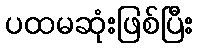
ပထမဆုံးဖြစ်ပြီး